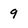
Character: 9